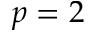
p = 2